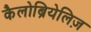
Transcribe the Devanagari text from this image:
कैलोब्रियेलिज़